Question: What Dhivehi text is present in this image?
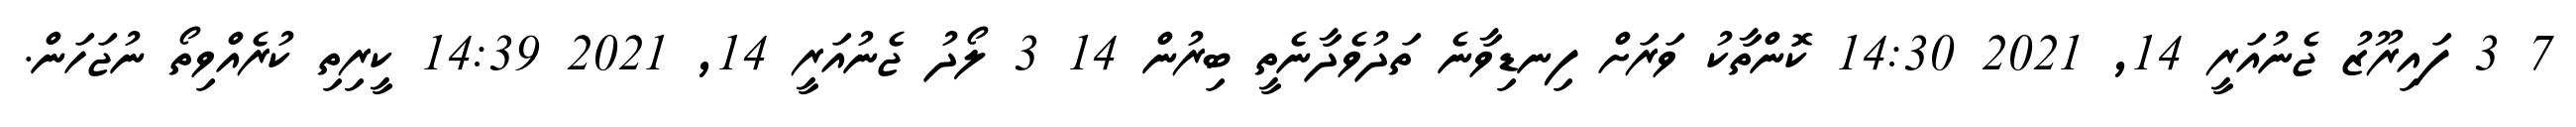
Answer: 7 3 ފައިރޫޒު ޖެނުއަރީ 14, 2021 14:30 ކޮންތާކު ވަރަށް ފިނޑިވާނެ ތަދުވެދާނެތީ ބިރުން 14 3 ލޯދު ޖެނުއަރީ 14, 2021 14:39 ކީރިތި ކުރެއްވިތޯ ނުޖަހަން.